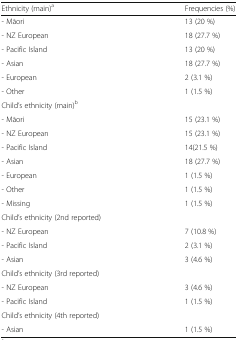
<table><thead><tr><td><b>Ethnicity (main)<sup>a</sup></b></td><td><b>Frequencies (%)</b></td></tr></thead><tbody><tr><td>- Māori</td><td>13 (20 %)</td></tr><tr><td>- NZ European</td><td>18 (27.7 %)</td></tr><tr><td>- Pacific Island</td><td>13 (20 %)</td></tr><tr><td>- Asian</td><td>18 (27.7 %)</td></tr><tr><td>- European</td><td>2 (3.1 %)</td></tr><tr><td>- Other</td><td>1 (1.5 %)</td></tr><tr><td>Child’s ethnicity (main)<sup>b</sup></td><td></td></tr><tr><td>- Māori</td><td>15 (23.1 %)</td></tr><tr><td>- NZ European</td><td>15 (23.1 %)</td></tr><tr><td>- Pacific Island</td><td>14(21.5 %)</td></tr><tr><td>- Asian</td><td>18 (27.7 %)</td></tr><tr><td>- European</td><td>1 (1.5 %)</td></tr><tr><td>- Other</td><td>1 (1.5 %)</td></tr><tr><td>- Missing</td><td>1 (1.5 %)</td></tr><tr><td>Child’s ethnicity (2nd reported)</td><td></td></tr><tr><td>- NZ European</td><td>7 (10.8 %)</td></tr><tr><td>- Pacific Island</td><td>2 (3.1 %)</td></tr><tr><td>- Asian</td><td>3 (4.6 %)</td></tr><tr><td>Child’s ethnicity (3rd reported)</td><td></td></tr><tr><td>- NZ European</td><td>3 (4.6 %)</td></tr><tr><td>- Pacific Island</td><td>1 (1.5 %)</td></tr><tr><td>Child’s ethnicity (4th reported)</td><td></td></tr><tr><td>- Asian</td><td>1 (1.5 %)</td></tr></tbody></table>